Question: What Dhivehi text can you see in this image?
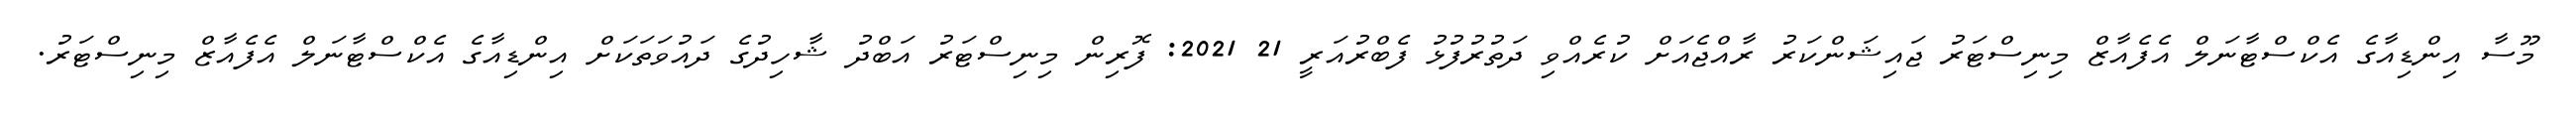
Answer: މޫސާ އިންޑިއާގެ އެކްސްޓާނަލް އެފެއާޒް މިނިސްޓަރު ޖައިޝަންކަރު ރާއްޖެއަށް ކުރެއްވި ދަތުރުފުޅު ފެބްރުއަރީ 21 2021: ފޮރިން މިނިސްޓަރު އަބްދު ޝާހިދުގެ ދައުވަތަކަށް އިންޑިއާގެ އެކްސްޓާނަލް އެފެއާޒް މިނިސްޓަރު.